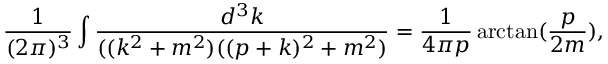
\frac { 1 } { ( 2 \pi ) ^ { 3 } } \int \frac { d ^ { 3 } k } { ( ( k ^ { 2 } + m ^ { 2 } ) ( ( p + k ) ^ { 2 } + m ^ { 2 } ) } = \frac { 1 } { 4 \pi p } \arctan ( \frac { p } { 2 m } ) ,